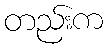
တည်းက